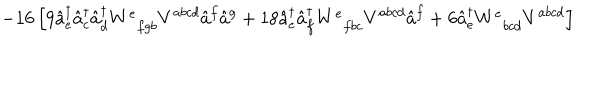
- 1 6 \left[ 9 \hat { a } _ { e } ^ { \dagger } \hat { a } _ { c } ^ { \dagger } \hat { a } _ { d } ^ { \dagger } W _ { \; \; f g b } ^ { e } V ^ { a b c d } \hat { a } ^ { f } \hat { a } ^ { g } + 1 8 \hat { a } _ { e } ^ { \dagger } \hat { a } _ { f } ^ { \dagger } W _ { \; \; f b c } ^ { e } V ^ { a b c d } \hat { a } ^ { f } + 6 \hat { a } _ { e } ^ { \dagger } W _ { \; \; b c d } ^ { e } V ^ { a b c d } \right]